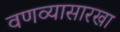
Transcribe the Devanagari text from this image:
वणव्यासारखा